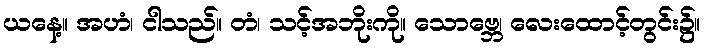
ယနေ့။ အဟံ၊ ငါသည်။ တံ၊ သင့်အဘိုးကို။ သောဗ္ဘေ၊ လေးထောင့်တွင်း၌။